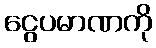
ငွေပမာဏကို